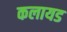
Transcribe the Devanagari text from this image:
कलायड